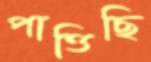
পাত্তিছি